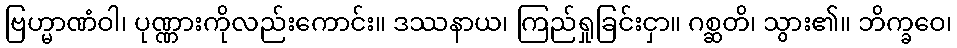
ဗြဟ္မာဏံဝါ၊ ပုဏ္ဏားကိုလည်းကောင်း။ ဒဿနာယ၊ ကြည်ရှုခြင်းငှာ။ ဂစ္ဆတိ၊ သွား၏။ ဘိက္ခဝေ၊